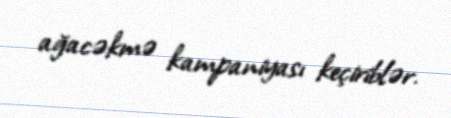
ağacəkmə kampaniyası keçiriblər.